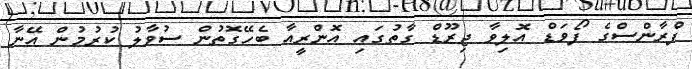
ފްރާންސްގެ ފޯވަޑް އޮލިވާ ޖިރޫޑް ގާތުގައި އޮންރީއާ ބެހޭގޮތުން ސުވާލު ކުރުމުން އޭނާ